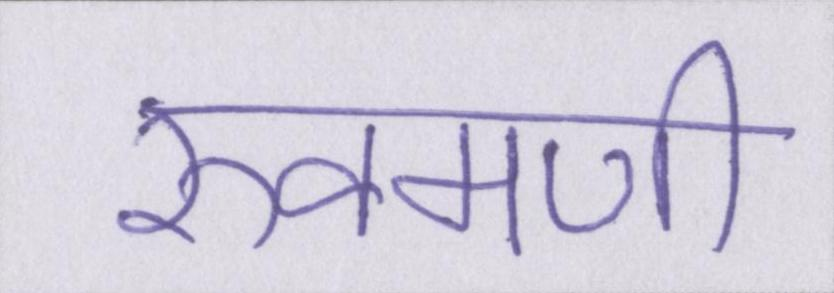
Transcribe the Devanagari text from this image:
रुक्मणी